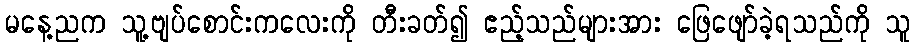
မနေ့ညက သူ့ဗျပ်စောင်းကလေးကို တီးခတ်၍ ဧည့်သည်များအား ဖြေဖျော်ခဲ့ရသည်ကို သူ